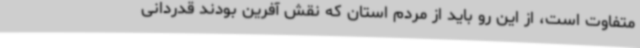
متفاوت است، از این رو باید از مردم استان که نقش آفرین بودند قدردانی